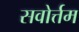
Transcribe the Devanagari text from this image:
सवोर्त्तम